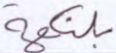
بلنكهة